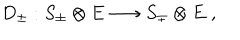
LaTeX: D _ { \pm } : S _ { \pm } \otimes E \longrightarrow S _ { \mp } \otimes E \; ,